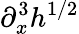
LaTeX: \partial_{x}^{3}h^{1/2}